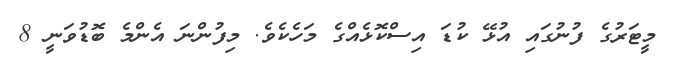
މީޓަރުގެ ފުނުގައި އުޅޭ ކުޑަ އިސްކޮޅެއްގެ މަހެކެވެ. މިފުންނަ އެންމެ ބޮޑުވަނީ 8